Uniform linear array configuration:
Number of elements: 8
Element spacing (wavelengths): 1
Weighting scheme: blackman
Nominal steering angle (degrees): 30
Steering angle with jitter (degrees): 30.689
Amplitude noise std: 0.05
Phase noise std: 0.05

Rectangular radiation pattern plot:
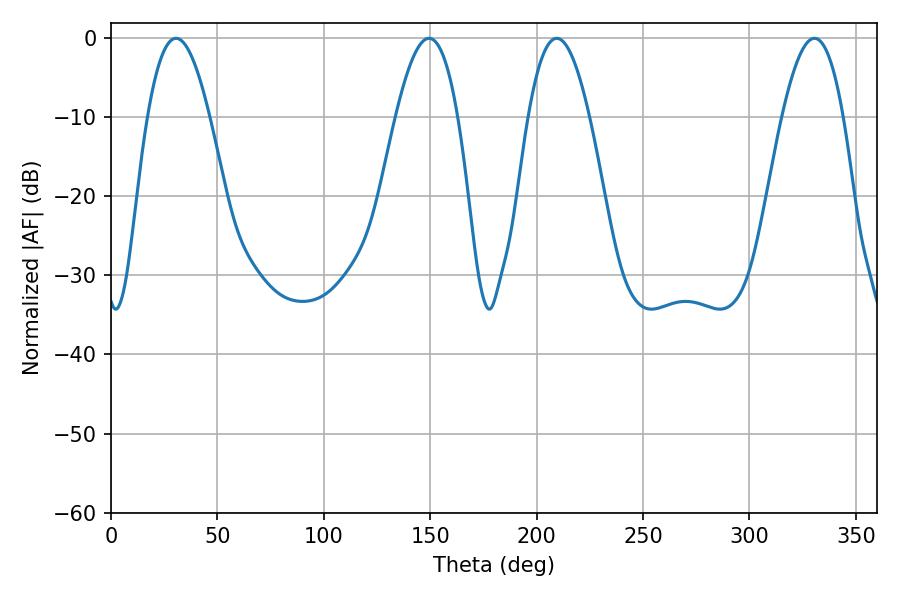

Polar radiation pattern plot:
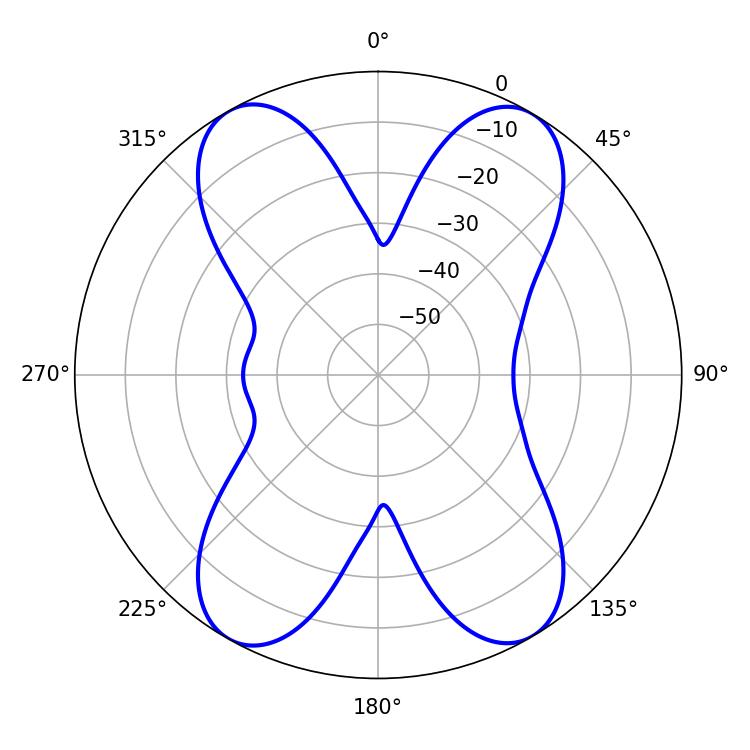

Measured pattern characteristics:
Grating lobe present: TRUE
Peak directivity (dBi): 20.964
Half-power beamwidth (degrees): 15.84
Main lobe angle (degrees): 30.6